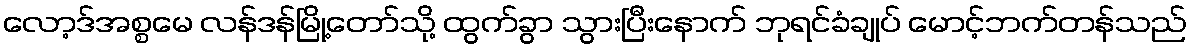
လော့ဒ်အစ္စမေ လန်ဒန်မြို့တော်သို့ ထွက်ခွာ သွားပြီးနောက် ဘုရင်ခံချုပ် မောင့်ဘက်တန်သည်